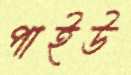
পাইউ